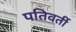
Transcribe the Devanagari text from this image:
पतिवर्ती